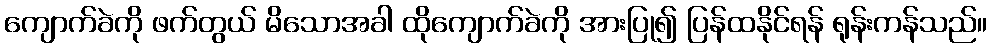
ကျောက်ခဲကို ဖက်တွယ် မိသောအခါ ထိုကျောက်ခဲကို အားပြု၍ ပြန်ထနိုင်ရန် ရုန်းကန်သည်။